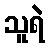
သူရဲ